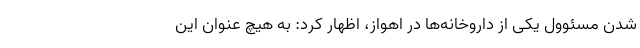
شدن مسئوول یکی از داروخانه‌ها در اهواز، اظهار کرد: به هیچ عنوان این